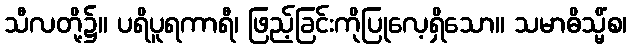
သီလတို့၌။ ပရိပူရကာရီ၊ ဖြည့်ခြင်းကိုပြုလေ့ရှိသော။ သမာဓိသ္မိံစ၊